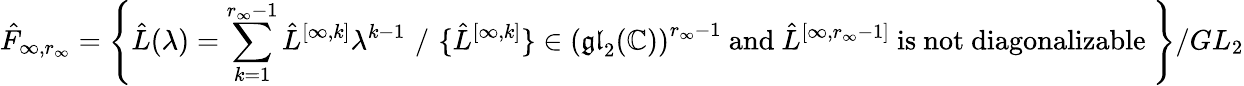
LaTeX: \hat{F}_{\infty,r_{\infty}}=\left\{ \hat{L}(\lambda)=\sum_{k=1}^{r_{\infty}-1}\hat{L}^{[\infty,k]}\lambda^{k-1}\, \, /\, \, \{ \hat{L}^{[\infty,k]}\} \in\left(\mathfrak{gl}_{2}(\mathbb{C})\right)^{r_{\infty}-1}\mathrm{~and~}\hat{L}^{[\infty,r_{\infty}-1]}\mathrm{~is~not~diagonalizable~}\right\} /{GL}_{2}